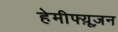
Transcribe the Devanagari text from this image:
हेमीफ्य़ूज़न